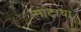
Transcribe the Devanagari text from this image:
सोंटाया